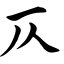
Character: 仄